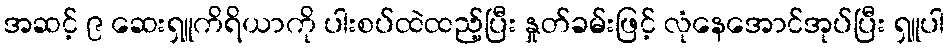
အဆင့် ၉ ဆေးရှူကိရိယာကို ပါးစပ်ထဲထည့်ပြီး နှုတ်ခမ်းဖြင့် လုံနေအောင်အုပ်ပြီး ရှူပါ